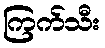
ကြက်သီး